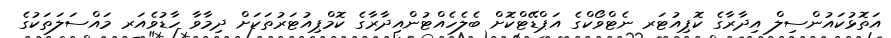
އަތޮޅުކައުންސިލް އިދާރާގެ ކޮޕިއުޓަރ ނެޓްވޯކްގެ އަޕްޑޭޓްކޮށް ބެލެހެއްޓުންއިދާރާގެ ކޮމްޕިއުޓަރުތަކަށް ދިމާވާ ހާޑުވެއަރ މައްސަލަތަކުގެ